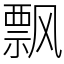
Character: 飘